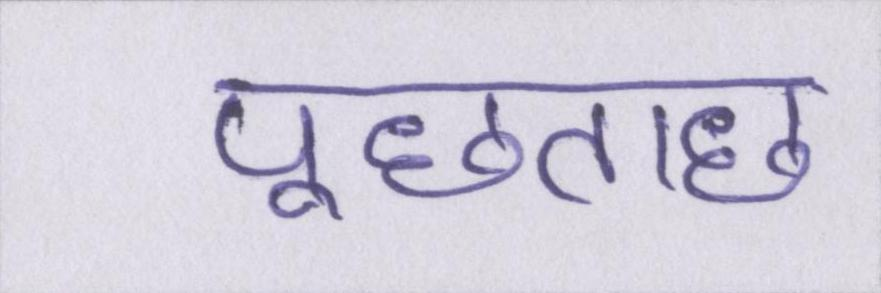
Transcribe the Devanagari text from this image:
पूछताछ